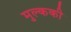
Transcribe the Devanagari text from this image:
मुल्ककी